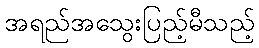
အရည်အသွေးပြည့်မီသည့်